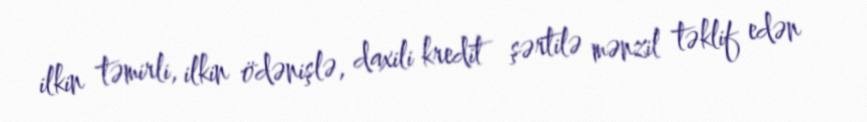
ilkin təmirli, ilkin ödənişlə, daxili kredit şərtilə mənzil təklif edən